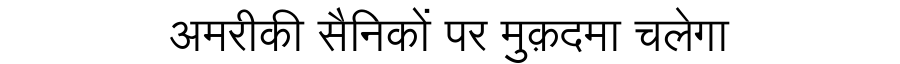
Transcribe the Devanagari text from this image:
अमरीकी सैनिकों पर मुक़दमा चलेगा